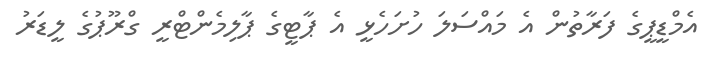
އެމްޑީޕީގެ ފަރާތުން އެ މައްސަލަ ހުށަހެޅީ އެ ޕާޓީގެ ޕާލިމެންޓްރީ ގްރޫޕުގެ ލީޑަރު